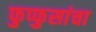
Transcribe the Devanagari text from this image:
फुप्फुसांचा